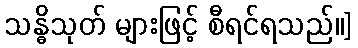
သန္ဓိသုတ် များဖြင့် စီရင်ရသည်။]